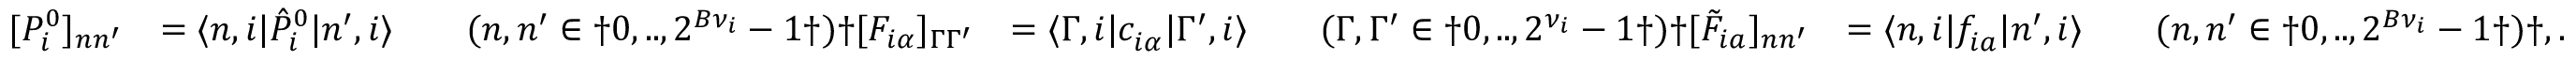
\begin{array} { r l r l } { [ { P } _ { i } ^ { 0 } ] _ { n n ^ { \prime } } } & { = \langle n , i | \hat { P } _ { i } ^ { 0 } | n ^ { \prime } , i \rangle \qquad ( n , n ^ { \prime } \in \dag { 0 , . . , 2 ^ { B { \nu } _ { i } } - 1 \dag } ) \dag [ F _ { i \alpha } ] _ { \Gamma \Gamma ^ { \prime } } } & { = \langle \Gamma , i | c _ { i \alpha } ^ { \phantom { \dagger } } | \Gamma ^ { \prime } , i \rangle \qquad ( \Gamma , \Gamma ^ { \prime } \in \dag { 0 , . . , 2 ^ { { \nu } _ { i } } - 1 \dag } ) \dag [ \tilde { F } _ { i a } ] _ { n n ^ { \prime } } } & { = \langle n , i | f _ { i a } ^ { \phantom { \dagger } } | n ^ { \prime } , i \rangle \qquad ( n , n ^ { \prime } \in \dag { 0 , . . , 2 ^ { B { \nu } _ { i } } - 1 \dag } ) \dag , . } \end{array}